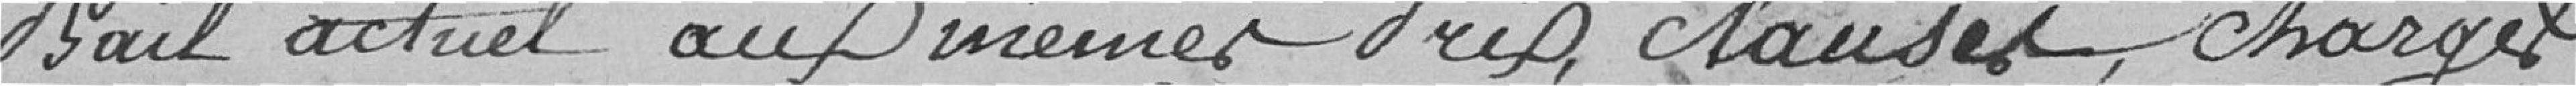
bail actuel aux mêmes prix, clauses, charges